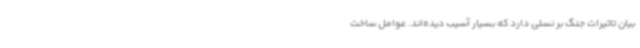
بیان تاثیرات جنگ بر نسلی دارد که بسیار آسیب دیده‌اند. عوامل ساخت